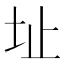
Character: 址